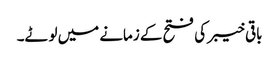
باقی خیبر کی فتح کے زمانے میں لوٹے۔